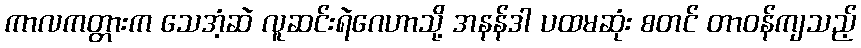
ကာလကတ္တားက သေအံ့ဆဲ လူဆင်းရဲဂေဟာသို့ အနန်ဒါ ပထမဆုံး စတင် တာဝန်ကျသည့်